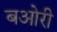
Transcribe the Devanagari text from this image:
बओरी